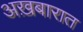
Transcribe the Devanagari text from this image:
अख़बारात